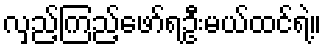
လှည့်ကြည့်ဖော်ရဦးမယ်ထင်ရဲ့။